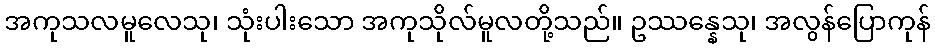
အကုသလမူလေသု၊ သုံးပါးသော အကုသိုလ်မူလတို့သည်။ ဥဿန္နေသု၊ အလွန်ပြောကုန်